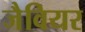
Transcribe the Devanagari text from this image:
जैवियर